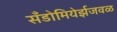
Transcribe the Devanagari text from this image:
सँडोमियेर्झजवळ